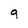
Character: 9